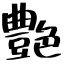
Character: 艶